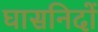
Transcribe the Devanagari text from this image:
घासनिदों